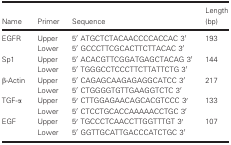
| Name | Primer | Sequence | Length (bp) |
 | --- | --- | --- | --- |
 | <ROWSPAN=2> EGFR | Upper | 5′ ATGCTCTACAACCCCACCAC 3′ | <ROWSPAN=2> 193 |
 | Lower | 5′ GCCCTTCGCACTTCTTACAC 3′ |
 | <ROWSPAN=2> Sp1 | Upper | 5′ ACACGTTCGGATGAGCTACAG 3′ | <ROWSPAN=2> 144 |
 | Lower | 5′ TGGGCCTCCCTTCTTATTCTG 3′ |
 | <ROWSPAN=2> β‐Actin | Upper | 5′ CAGAGCAAGAGAGGCATCC 3′ | <ROWSPAN=2> 217 |
 | Lower | 5′ CTGGGGTGTTGAAGGTCTC 3′ |
 | <ROWSPAN=2> TGF‐α | Upper | 5′ CTTGGAGAACAGCACGTCCC 3′ | <ROWSPAN=2> 133 |
 | Lower | 5′ CTCCTGCACCAAAAACCTGC 3′ |
 | <ROWSPAN=2> EGF | Upper | 5′ TGCCCTCAACCTTGGTTTGT 3′ | <ROWSPAN=2> 107 |
 | Lower | 5′ GGTTGCATTGACCCATCTGC 3′ |